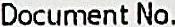
DOCUMENT NO.